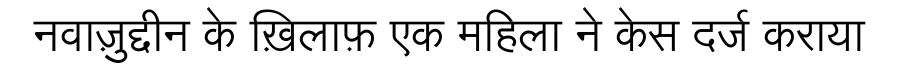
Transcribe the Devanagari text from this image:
नवाज़ुद्दीन के ख़िलाफ़ एक महिला ने केस दर्ज कराया